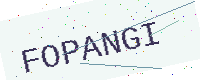
Text: FOPANGI